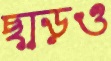
ছাড়ও